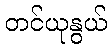
တင်ယုနွယ်